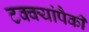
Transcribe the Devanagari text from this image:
टक्क्यांपैकी